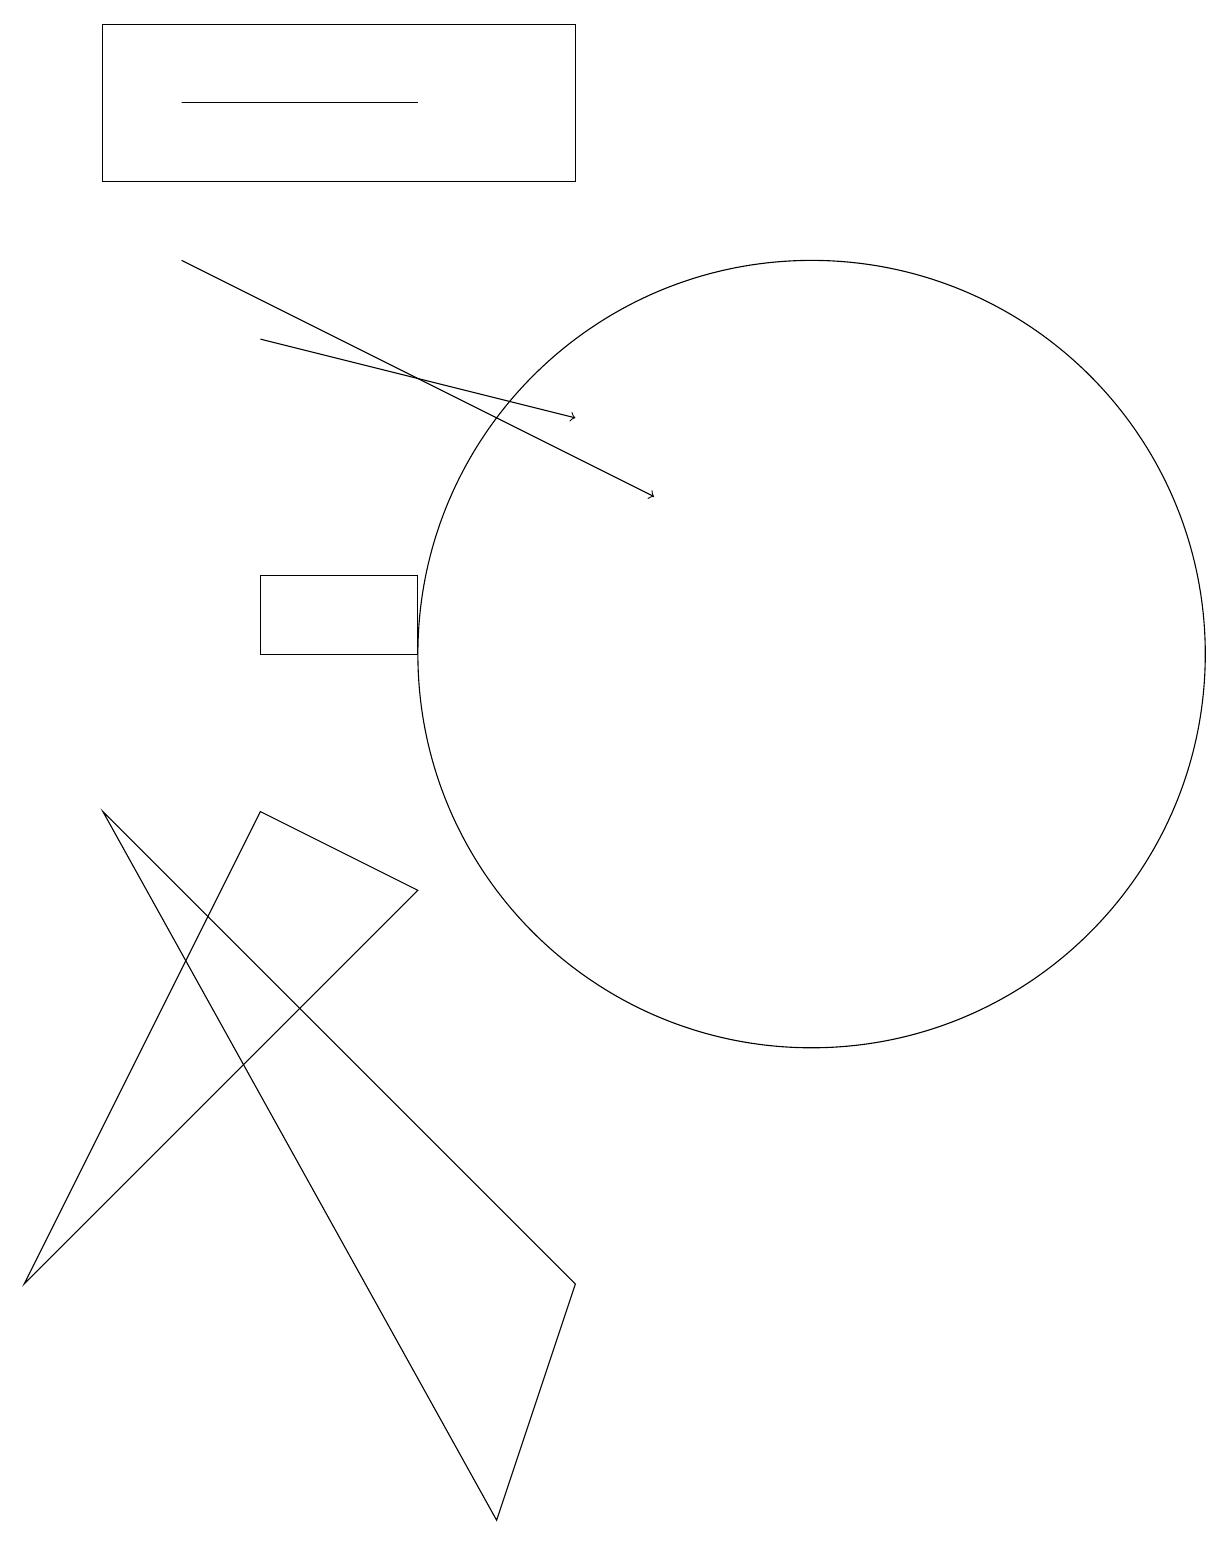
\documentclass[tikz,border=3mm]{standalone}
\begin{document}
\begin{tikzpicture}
\draw (1,9) -- (7,3) -- (6,0) -- cycle;
\draw (5,18) rectangle (2,18);
\draw[->] (3,15) -- (7,14);
\draw (3,9) -- (5,8) -- (0,3) -- cycle;
\draw (10,11) circle (5);
\draw (7,19) rectangle (1,17);
\draw[->] (2,16) -- (8,13);
\draw (3,11) rectangle (5,12);
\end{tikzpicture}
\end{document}